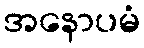
အနောပမံ